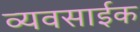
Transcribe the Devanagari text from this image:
व्यवसाईक